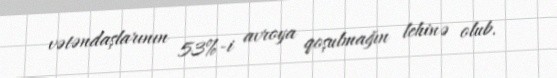
vətəndaşlarının 53%-i avroya qoşulmağın lehinə olub.